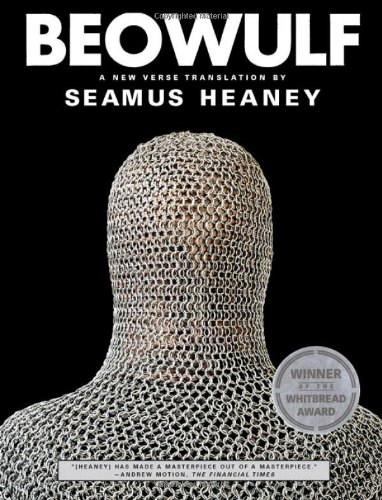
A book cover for Beowulf: A New Verse Translation (Bilingual Edition); Literature & Fiction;